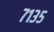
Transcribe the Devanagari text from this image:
७१३५